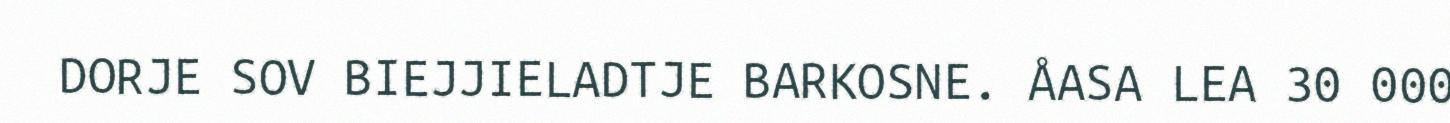
DORJE SOV BIEJJIELADTJE BARKOSNE. ÅASA LEA 30 000